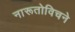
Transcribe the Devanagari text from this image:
नारूतोविचने